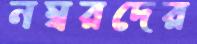
নম্বরদের